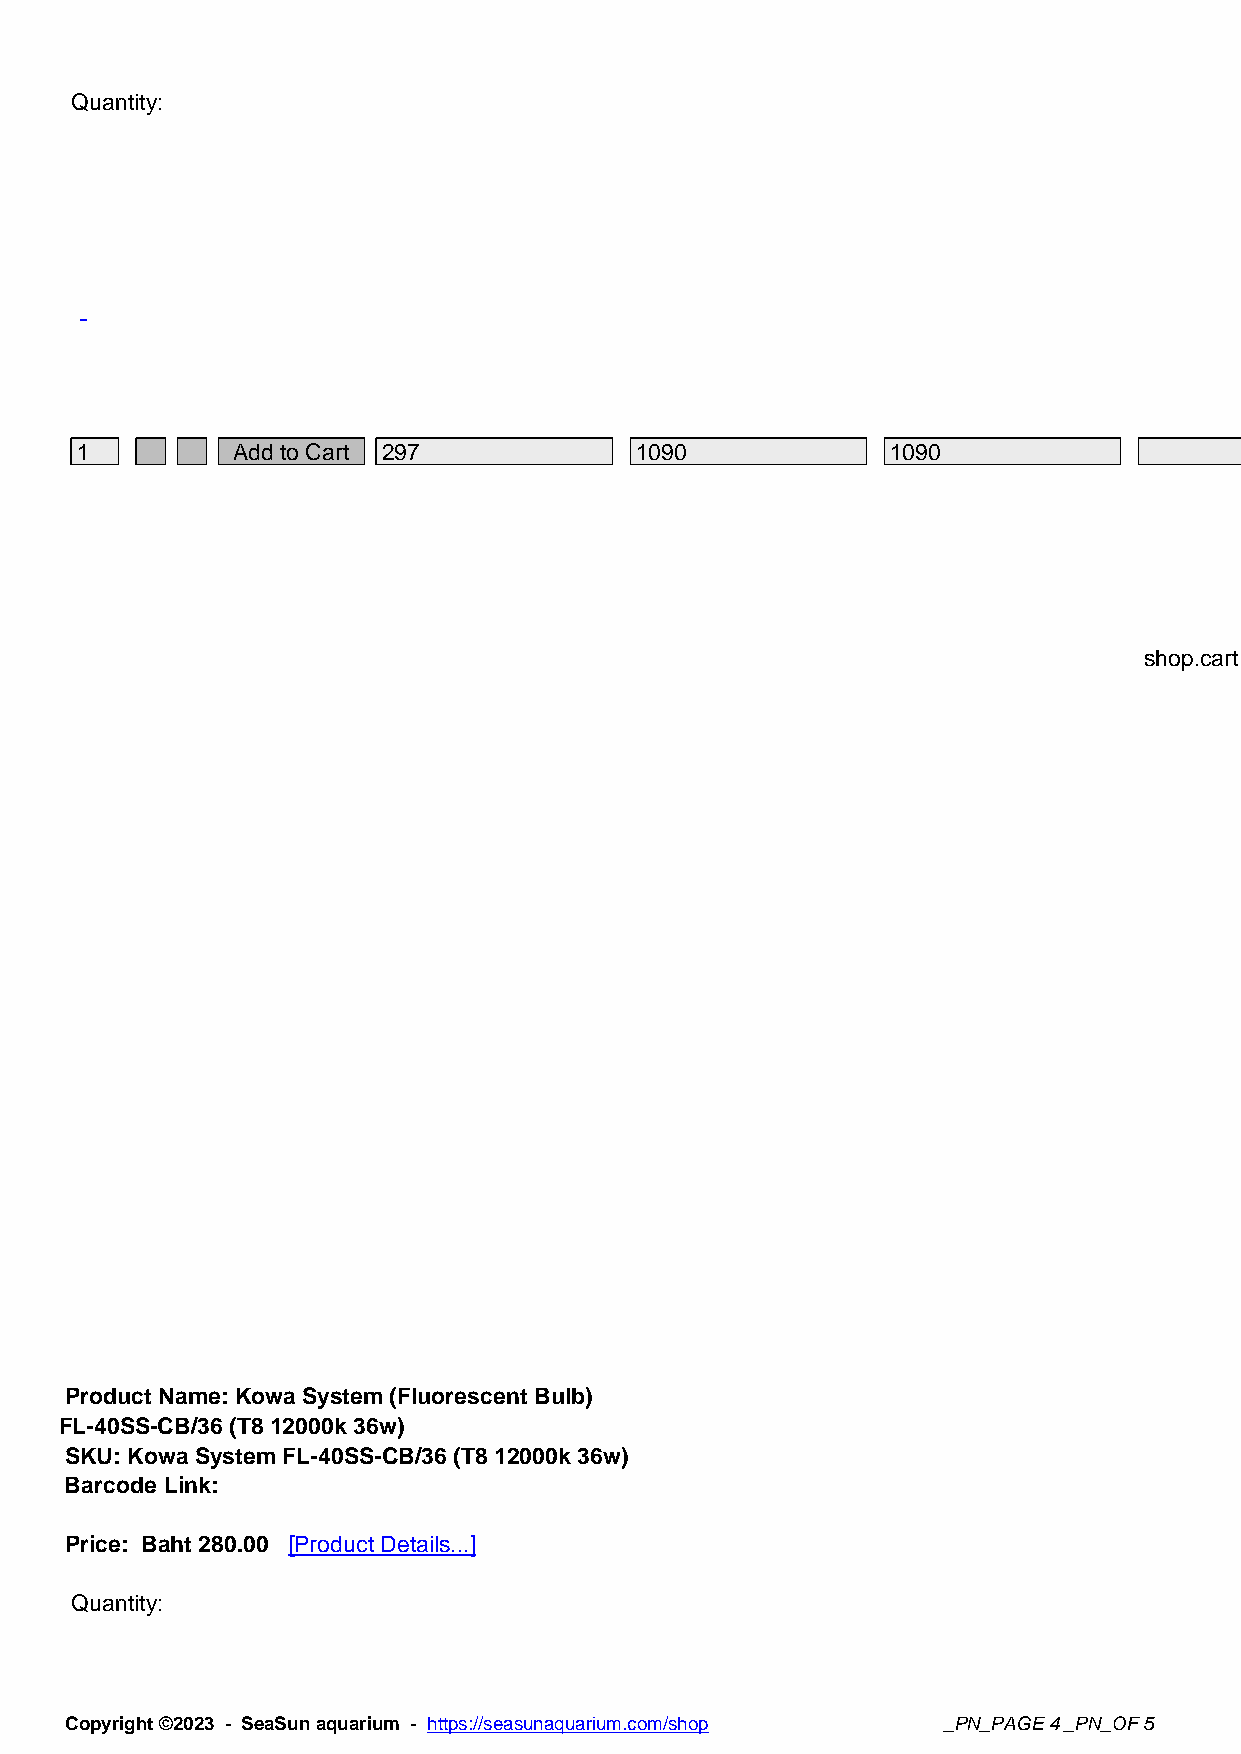
Quantity:
 1         Add to Cart 297            1090             1090
 shop.cart
 cartadd
 4
 com_virtuemart
 Product Name: Kowa System (Fluorescent Bulb)
 FL-40SS-CB/36 (T8 12000k 36w)
 SKU: Kowa System FL-40SS-CB/36 (T8 12000k 36w)
 Barcode Link:
 Price: Baht 280.00 [Product Details...]
 Quantity:
 Copyright ©2023 - SeaSun aquarium - https://seasunaquarium.com/shop _PN_PAGE 4 _PN_OF 5